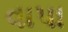
વાપા